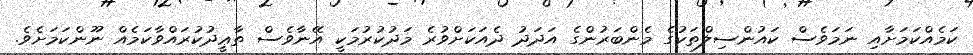
ކަމެއްކަމަށާއި ނަމަވެސް ކައުންސިލްތަކުގެ މެންބަރުންގެ އަދަދު ދެއަކަށްވުރެ މަދުކުރުމަކީ އޭނާވެސް ތާޢީދުކުރައްވާކަމެއް ނޫންކަމަށެވެ.